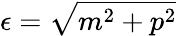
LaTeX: \epsilon=\sqrt{m^{2}+p^{2}}